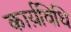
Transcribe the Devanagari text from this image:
कार्य़विधि